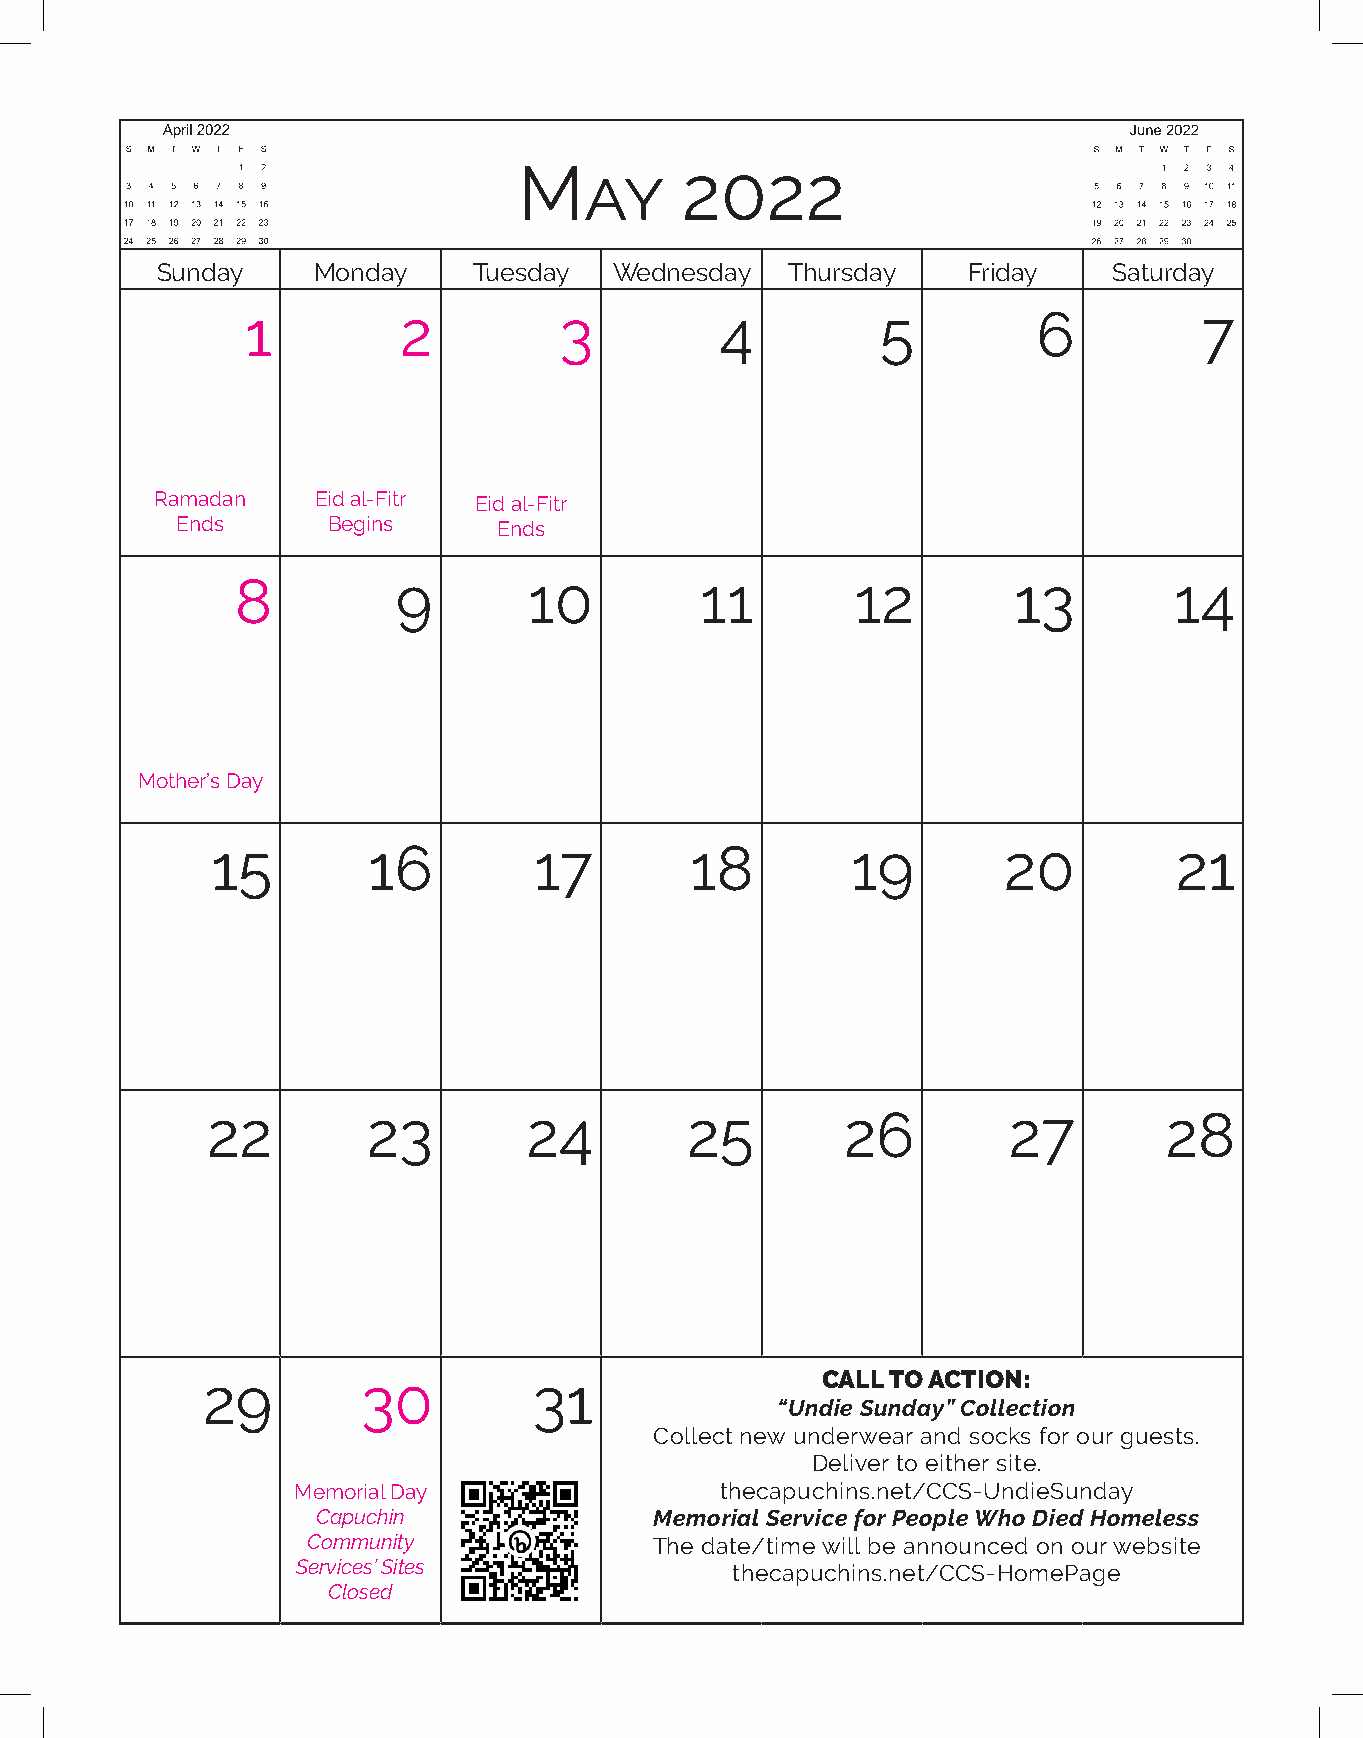
April 2020
 S M T W T F S
 1 2 3 4
 May        2022
 5 6 7 8 9 1011
 12131415161718
 19202122232425
 2627282930
 Sunday     Monday    Tuesday   Wednesday  Thursday    Friday    Saturday
 1         2          3          4         5          6          7
 Ramadan    Eid al-Fitr Eid al-Fitr
 Ends      Begins     Ends
 8         9        10         11         12        13         14
 Mother’s Day
 15        16         17         18        19        20          21
 22        23         24        25         26         27        28
 29         30         31                 CALL TO ACTION:
 “Undie Sunday” Collection
 Collect new underwear and socks for our guests.
 Deliver to either site.
 Memorial Day                 thecapuchins.net/CCS-UndieSunday
 Capuchin              Memorial Service for People Who Died Homeless
 Community              The date/time will be announced on our website
 Services’ Sites             thecapuchins.net/CCS-HomePage
 Closed